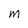
Character: M